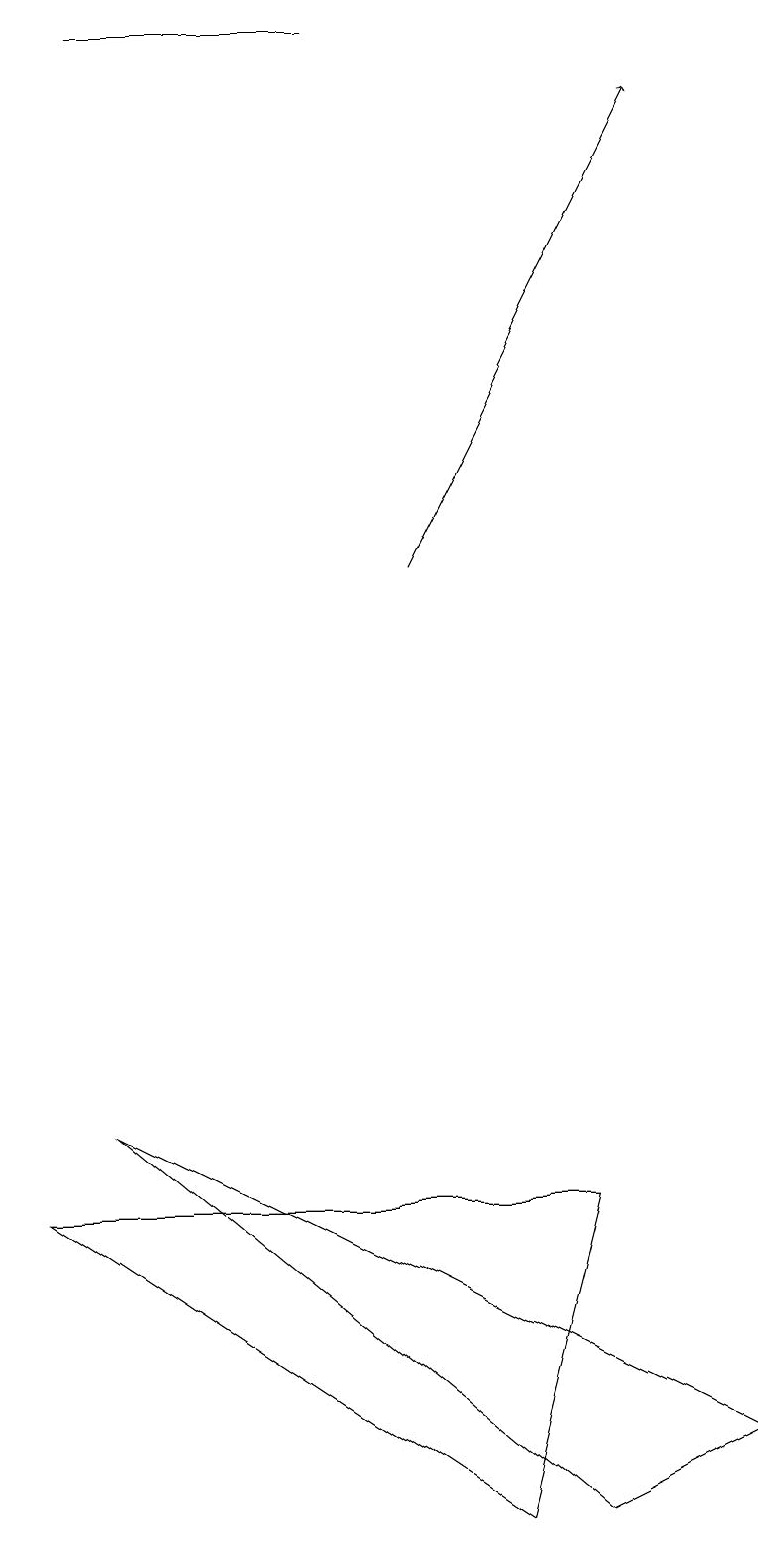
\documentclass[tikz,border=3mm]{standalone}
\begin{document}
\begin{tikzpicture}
\draw (7,0) -- (9,1) -- (1,5) -- cycle;
\draw (6,0) -- (0,4) -- (7,4) -- cycle;
\draw (4,19) rectangle (1,19);
\draw[->] (5,12) -- (8,18);
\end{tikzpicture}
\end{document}